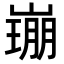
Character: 𡼜